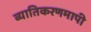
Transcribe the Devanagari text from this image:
व्यातिकरणमापी